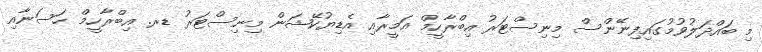
މި ބައްދަލުވުމުގައިފިނޭންސް މިނިސްޓަރު އިބްރާހީމް އަމީރާއި އެޑިޔުކޭޝަން މިނިސްޓަރު ޑރ. އިބްރާހީމް ހަސަނާއި